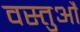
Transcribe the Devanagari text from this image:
वस्तुऔं